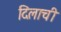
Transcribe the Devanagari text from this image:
दिलाची